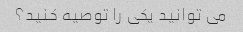
می توانید یکی را توصیه کنید؟